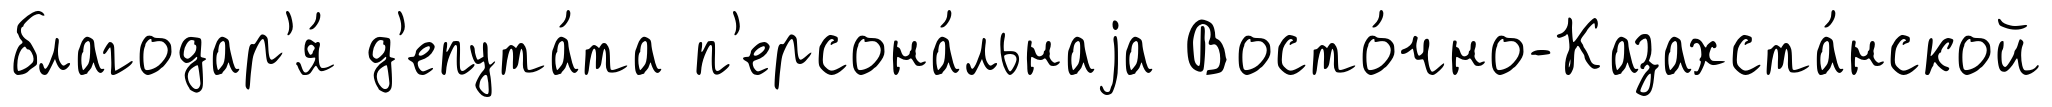
благодар'я́ д'епута́та п'ерсона́льнаjа Восто́чно-Казахста́нской